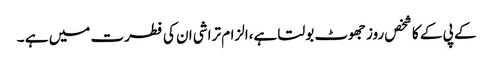
کے پی کے کا شخص روز جھوٹ بولتا ہے،الزام تراشی ان کی فطرت میں ہے ۔